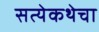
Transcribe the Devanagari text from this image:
सत्येकथेचा